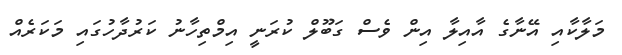
މަލާކާއި އޭނާގެ އާއިލާ އިން ވެސް ގަބޫލް ކުރަނީ އިމްތިހާނު ކަރުދާހުގައި މަކަރެއް